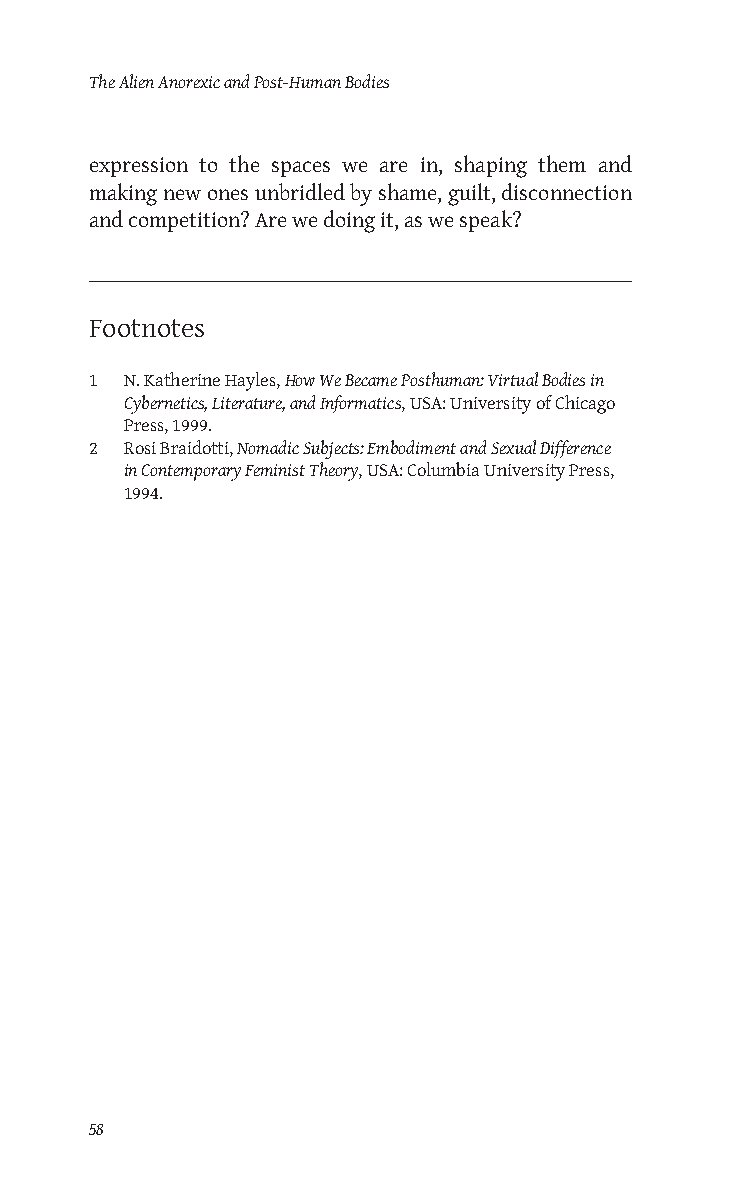
The Alien Anorexic and Post-Human Bodies
 expression to the spaces we are in, shaping them and
 making new ones unbridled by shame, guilt, disconnection
 and competition? Are we doing it, as we speak?
 Footnotes
 1 N. Katherine Hayles, How We Became Posthuman: Virtual Bodies in
 Cybernetics, Literature, and Informatics, USA: University of Chicago
 Press, 1999.
 2 Rosi Braidotti, Nomadic Subjects: Embodiment and Sexual Difference
 in Contemporary Feminist Theory, USA: Columbia University Press,
 1994.
 58